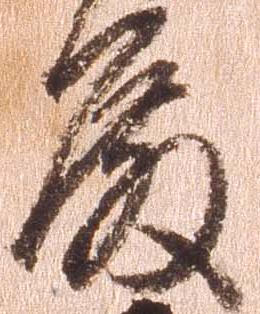
殿